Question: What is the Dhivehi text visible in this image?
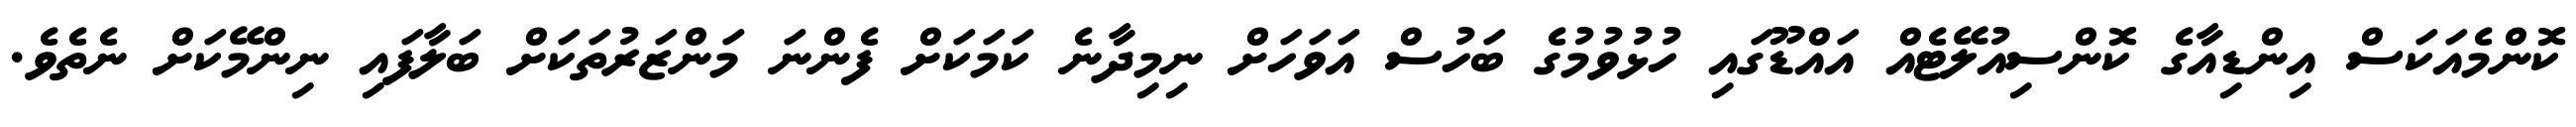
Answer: ކޮންމެއަކަސް އިންޑިއާގެ ކޮންސިއުލޭޓެއް އައްޑޫގައި ހުޅުވުމުގެ ބަހުސް އަވަހަށް ނިމިދާނެ ކަމަކަށް ފެންނަ މަންޒަރުތަކަށް ބަލާފައި ނިންމޭކަށް ނެތެވެ.